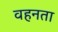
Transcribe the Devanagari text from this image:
वहनता